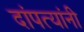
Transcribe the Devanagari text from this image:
दांपत्यांनी